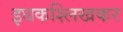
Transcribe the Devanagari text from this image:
इधकश्लिखकर